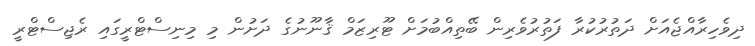
ދިވެހިރާއްޖެއަށް ދަތުރުކުރާ ފަތުރުވެރިން ބޭތިއްބުމަށް ޓޫރިޒަމް ޤާނޫނުގެ ދަށުން މި މިނިސްޓްރީގައި ރެޖިސްޓްރީ